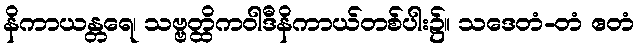
နိကာယန္တရေ၊ သဗ္ဗတ္ထိကဝါဒီနိကာယ်တစ်ပါး၌။ သဒေတံ-တံ ဧတံ